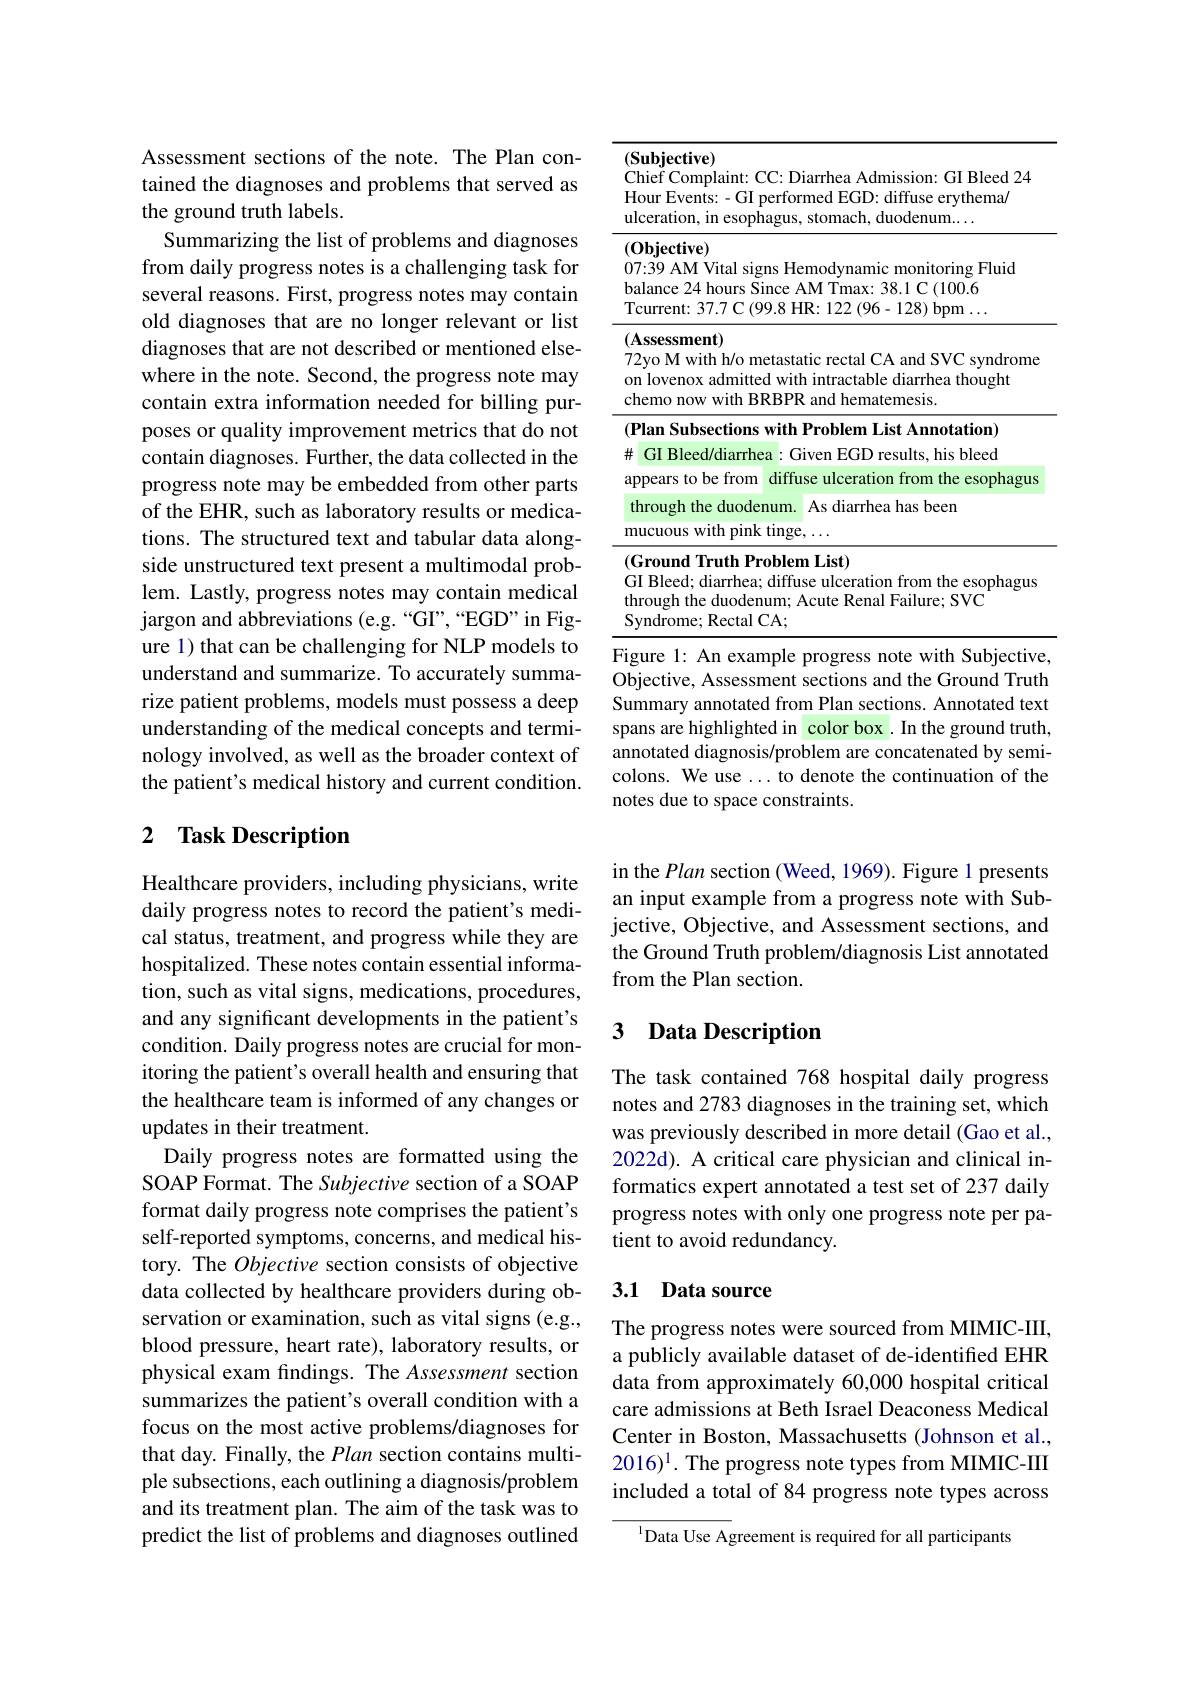
Assessment sections of the note. The Plan contained the diagnoses and problems that served as the ground truth labels.
Summarizing the list of problems and diagnoses from daily progress notes is a challenging task for several reasons. First, progress notes may contain old diagnoses that are no longer relevant or list diagnoses that are not described or mentioned elsewhere in the note. Second, the progress note may contain extra information needed for billing purposes or quality improvement metrics that do not contain diagnoses. Further, the data collected in the progress note may be embedded from other parts of the EHR, such as laboratory results or medications. The structured text and tabular data alongside unstructured text present a multimodal problem. Lastly, progress notes may contain medical jargon and abbreviations (e.g. “GI”,“EGD”in Figure 1) that can be challenging for NLP models to understand and summarize. To accurately summarize patient problems, models must possess a deep understanding of the medical concepts and terminology involved, as well as the broader context of the patient's medical history and current condition.

## 2 Task Description

Healthcare providers, including physicians, write daily progress notes to record the patient's medical status, treatment, and progress while they are hospitalized. These notes contain essential information, such as vital signs, medications, procedures, and any significant developments in the patient's condition. Daily progress notes are crucial for monitoring the patient's overall health and ensuring that the healthcare team is informed of any changes or updates in their treatment.
Daily progress notes are formatted using the SOAP Format. The Subjective section of a SOAP format daily progress note comprises the patient's self-reported symptoms, concerns, and medical history. The Objective section consists of objective data collected by healthcare providers during observation or examination, such as vital signs (e.g., blood pressure, heart rate), laboratory results, or physical exam findings. The Assessment section summarizes the patient's overall condition with a focus on the most active problems/diagnoses for that day. Finally, the Plan section contains multiple subsections, each outlining a diagnosis/problem and its treatment plan. The aim of the task was to predict the list of problems and diagnoses outlined

<table>
	<tbody>
		<tr>
			<td>$F$ $U$</td>
			<td>$\mathbf{ojective})$ ef Complaint: CC: Diarrhea Admission: GI Bleed 24 r Events: - GI performed EGD: diffuse erythema/ ${\mathrm{ration,~in~esophagus,~stomach,~duodenum....}}$</td>
		</tr>
		<tr>
			<td>0 $b$ $T$</td>
			<td>${\mathbf{jective}})$ 9 AM Vital signs Hemodynamic monitoring Fluid nce 24 hours Since AM Tmax: 38.1 C (100.6 rent: 37.7 C (99.8 HR: 122 (96-128) bpm</td>
		</tr>
		<tr>
			<td>0 $b$ $T$</td>
			<td>${\mathrm{jective}})$ 9 AM Vital signs Hemodynamic monitoring Fluid nce 24 hours Since AM Tmax: 38.1 C (100.6 rrent: 37.7 C (99.8 HR: 122 ( 96- 128) bpm$\ldots$</td>
		</tr>
		<tr>
			<td>7</td>
			<td>sessment) o M with h/ o metastatic rectal CA and SVC syndrome ovenox admitted with intractable diarrhea thought mo now with BRBPR and hematemesis.</td>
		</tr>
		<tr>
			<td>1</td>
			<td>$\textbf{n Subsections with Problem List Annotation) }$</td>
		</tr>
		<tr>
			<td>井</td>
			<td>$iI$ Bleed/diarrhea: Given EGD results, his bleed</td>
		</tr>
		<tr>
			<td>$a$</td>
			<td>ears to be from diffuse ulceration from the esophagus</td>
		</tr>
		<tr>
			<td> </td>
			<td>ough the duodenum. As diarrhea has been</td>
		</tr>
		<tr>
			<td>$n$</td>
			<td>uous with pink tinge, $\ldots$</td>
		</tr>
		<tr>
			<td>t</td>
			<td>ound Truth Problem List) ${\mathrm{3leed;~diarrhea;~diffuse~ulceration~from~the~esophagus}}$ ugh the duodenum; Acute Renal Failure; SVC ${\mathrm{drome;~Rectal~CA;}}$</td>
		</tr>
	</tbody>
</table>
Figure 1: An example progress note with Subjective,

Objective, Assessment sections and the Ground Truth Summary annotated from Plan sections. Annotated text spans are highlighted in color box . In the ground truth, annotated diagnosis/problem are concatenated by semicolons. We use ...to denote the continuation of the notes due to space constraints

in the Plan section (Weed, 1969). Figure 1 presents an input example from a progress note with Subjective, Objective, and Assessment sections, and the Ground Truth problem/diagnosis List annotated from the Plan section.

### 3 Data Description

The task contained 768 hospital daily progress notes and 2783 diagnoses in the training set, which was previously described in more detail (Gao et al., 2022d). A critical care physician and clinical informatics expert annotated a test set of 237 daily progress notes with only one progress note per patient to avoid redundancy.

## 3.1 Data source

The progress notes were sourced from MIMIC-III, a publicly available dataset of de-identified EHR data from approximately 60,000 hospital critical care admissions at Beth Israel Deaconess Medical Center in Boston, Massachusetts (Johnson et al., $2016)^1. The progress note types from MIMIC-III$ included a total of 84 progress note types across

$^{1}$Data Use Agreement is required for all participants